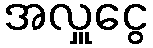
အလှူငွေ